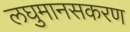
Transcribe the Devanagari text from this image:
लघुमानसकरण